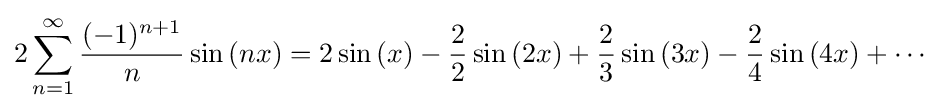
2\sum _{n=1}^{\infty }{\frac {(-1)^{n+1}}{n}}\sin {(nx)}=2\sin {(x)}-{\frac {2}{2}}\sin {(2x)}+{\frac {2}{3}}\sin {(3x)}-{\frac {2}{4}}\sin {(4x)}+\cdots